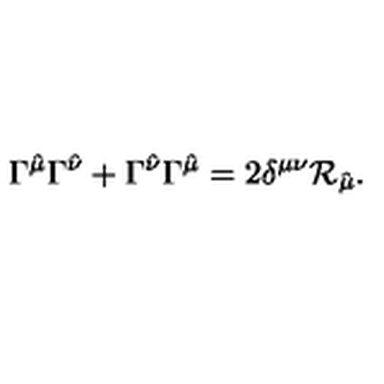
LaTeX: \Gamma ^ { \hat { \mu } } \Gamma ^ { \hat { \nu } } + \Gamma ^ { \hat { \nu } } \Gamma ^ { \hat { \mu } } = 2 \delta ^ { \mu \nu } \mathcal { R } _ { \hat { \mu } } .